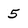
Character: 5